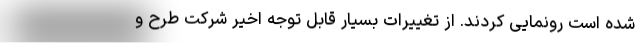
شده است رونمایی کردند. از تغییرات بسیار قابل توجه اخیر شرکت طرح و